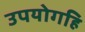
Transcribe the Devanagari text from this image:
उपयोगहि